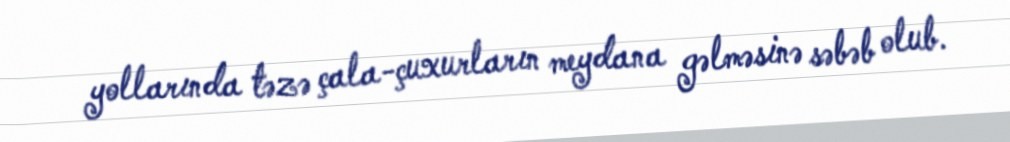
yollarında təzə çala-çuxurların meydana gəlməsinə səbəb olub.